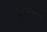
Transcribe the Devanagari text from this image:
चराचरम